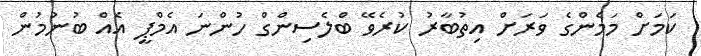
ކަމަށް މަމެންގެ ވަރަށް އިތުބާރު ކުރެވޭ ބްލެސިންގް ހުންނަ އެމްޕީ އެއް ބުނުމުން